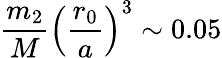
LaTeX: \frac{m_{2}}{M}\left(\frac{r_{0}}{a}\right)^{3}\sim 0.05